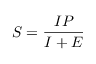
S = { \frac { I P } { I + E } }